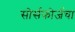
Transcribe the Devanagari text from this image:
सोर्सफोर्जचा